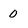
Character: 0